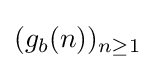
(g_{b}(n))_{n\geq 1}